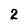
Character: 2